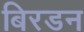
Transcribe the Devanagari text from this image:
बिरडन